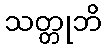
သတ္တုဘိ